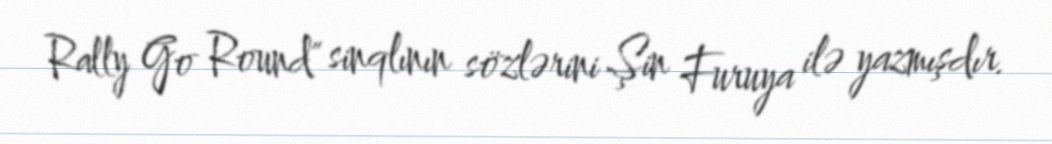
Rally Go Round" sinqlının sözlərini Şin Furuya ilə yazmışdır.